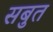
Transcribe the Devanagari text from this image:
सबुत